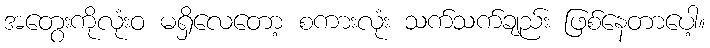
အတွေးကိုလုံးဝ မရှိလေတော့ စကားလုံး သက်သက်ချည်း ဖြစ်နေတာပေါ့။